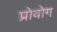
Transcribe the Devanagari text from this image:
प्रोवोग